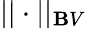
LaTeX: ||\cdot||_{\mathbf{B}V}